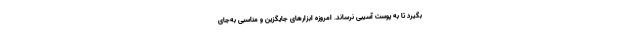
بگیرد تا به پوست آسیبی نرساند. امروزه ابزارهای جایگزین و مناسبی به‌جای